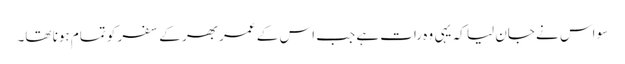
سو اس نے جان لیا کہ یہی وہ رات ہے جب اس کے عمر بھر کے سفر کو تمام ہونا تھا۔